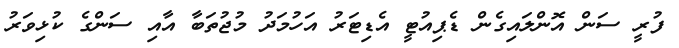
ފުރީ ސަން އޮންލައިގެން ޑެޕިއުޓީ އެޑިޓަރު އަހުމަދު މުޖުތަބާ އާއި ސަންގެ ކުޅިވަރު